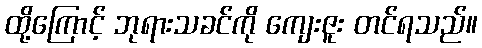
ထို့ကြောင့် ဘုရားသခင်ကို ကျေးဇူး တင်ရသည်။